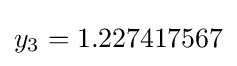
y_{3}=1.227417567